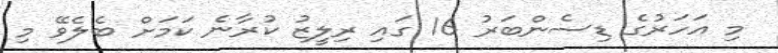
މި އަހަރުގެ ޑިސެންބަރު 16 ގައި ރިލީޒު ކުރާނެ ކަމަށް ބެލެވޭ މި